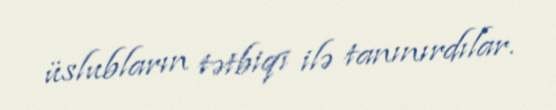
üslubların tətbiqi ilə tanınırdılar.